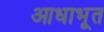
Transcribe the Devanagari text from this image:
आधाभूत